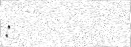
: